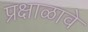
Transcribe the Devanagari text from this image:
प्रक्षाळावे